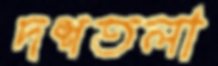
দশতলা